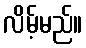
လိမ့်မည်။